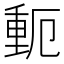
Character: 𬪾